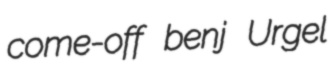
come-off benj Urgel